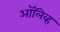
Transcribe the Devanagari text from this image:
अाॅलिव्ह